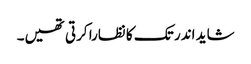
شاید اندر تک کا نظارا کرتی تھیں۔